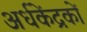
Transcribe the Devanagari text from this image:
अर्धकेंद्रकों